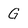
Character: G